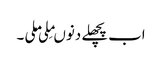
اب پچھلے دنوںمِلی ملی ۔